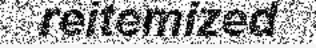
reitemized